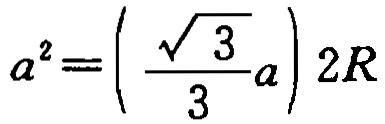
\[a^{2}=\left(\frac{\sqrt{3}}{3}a\right)2R\]